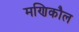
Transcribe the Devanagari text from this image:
मणिकौल